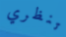
تنظري